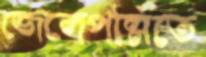
জেলেপল্লিতে